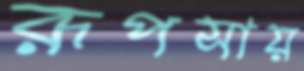
রূপসায়